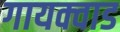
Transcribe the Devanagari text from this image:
गायक्वाड